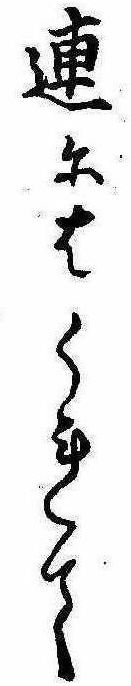
連にはくれて